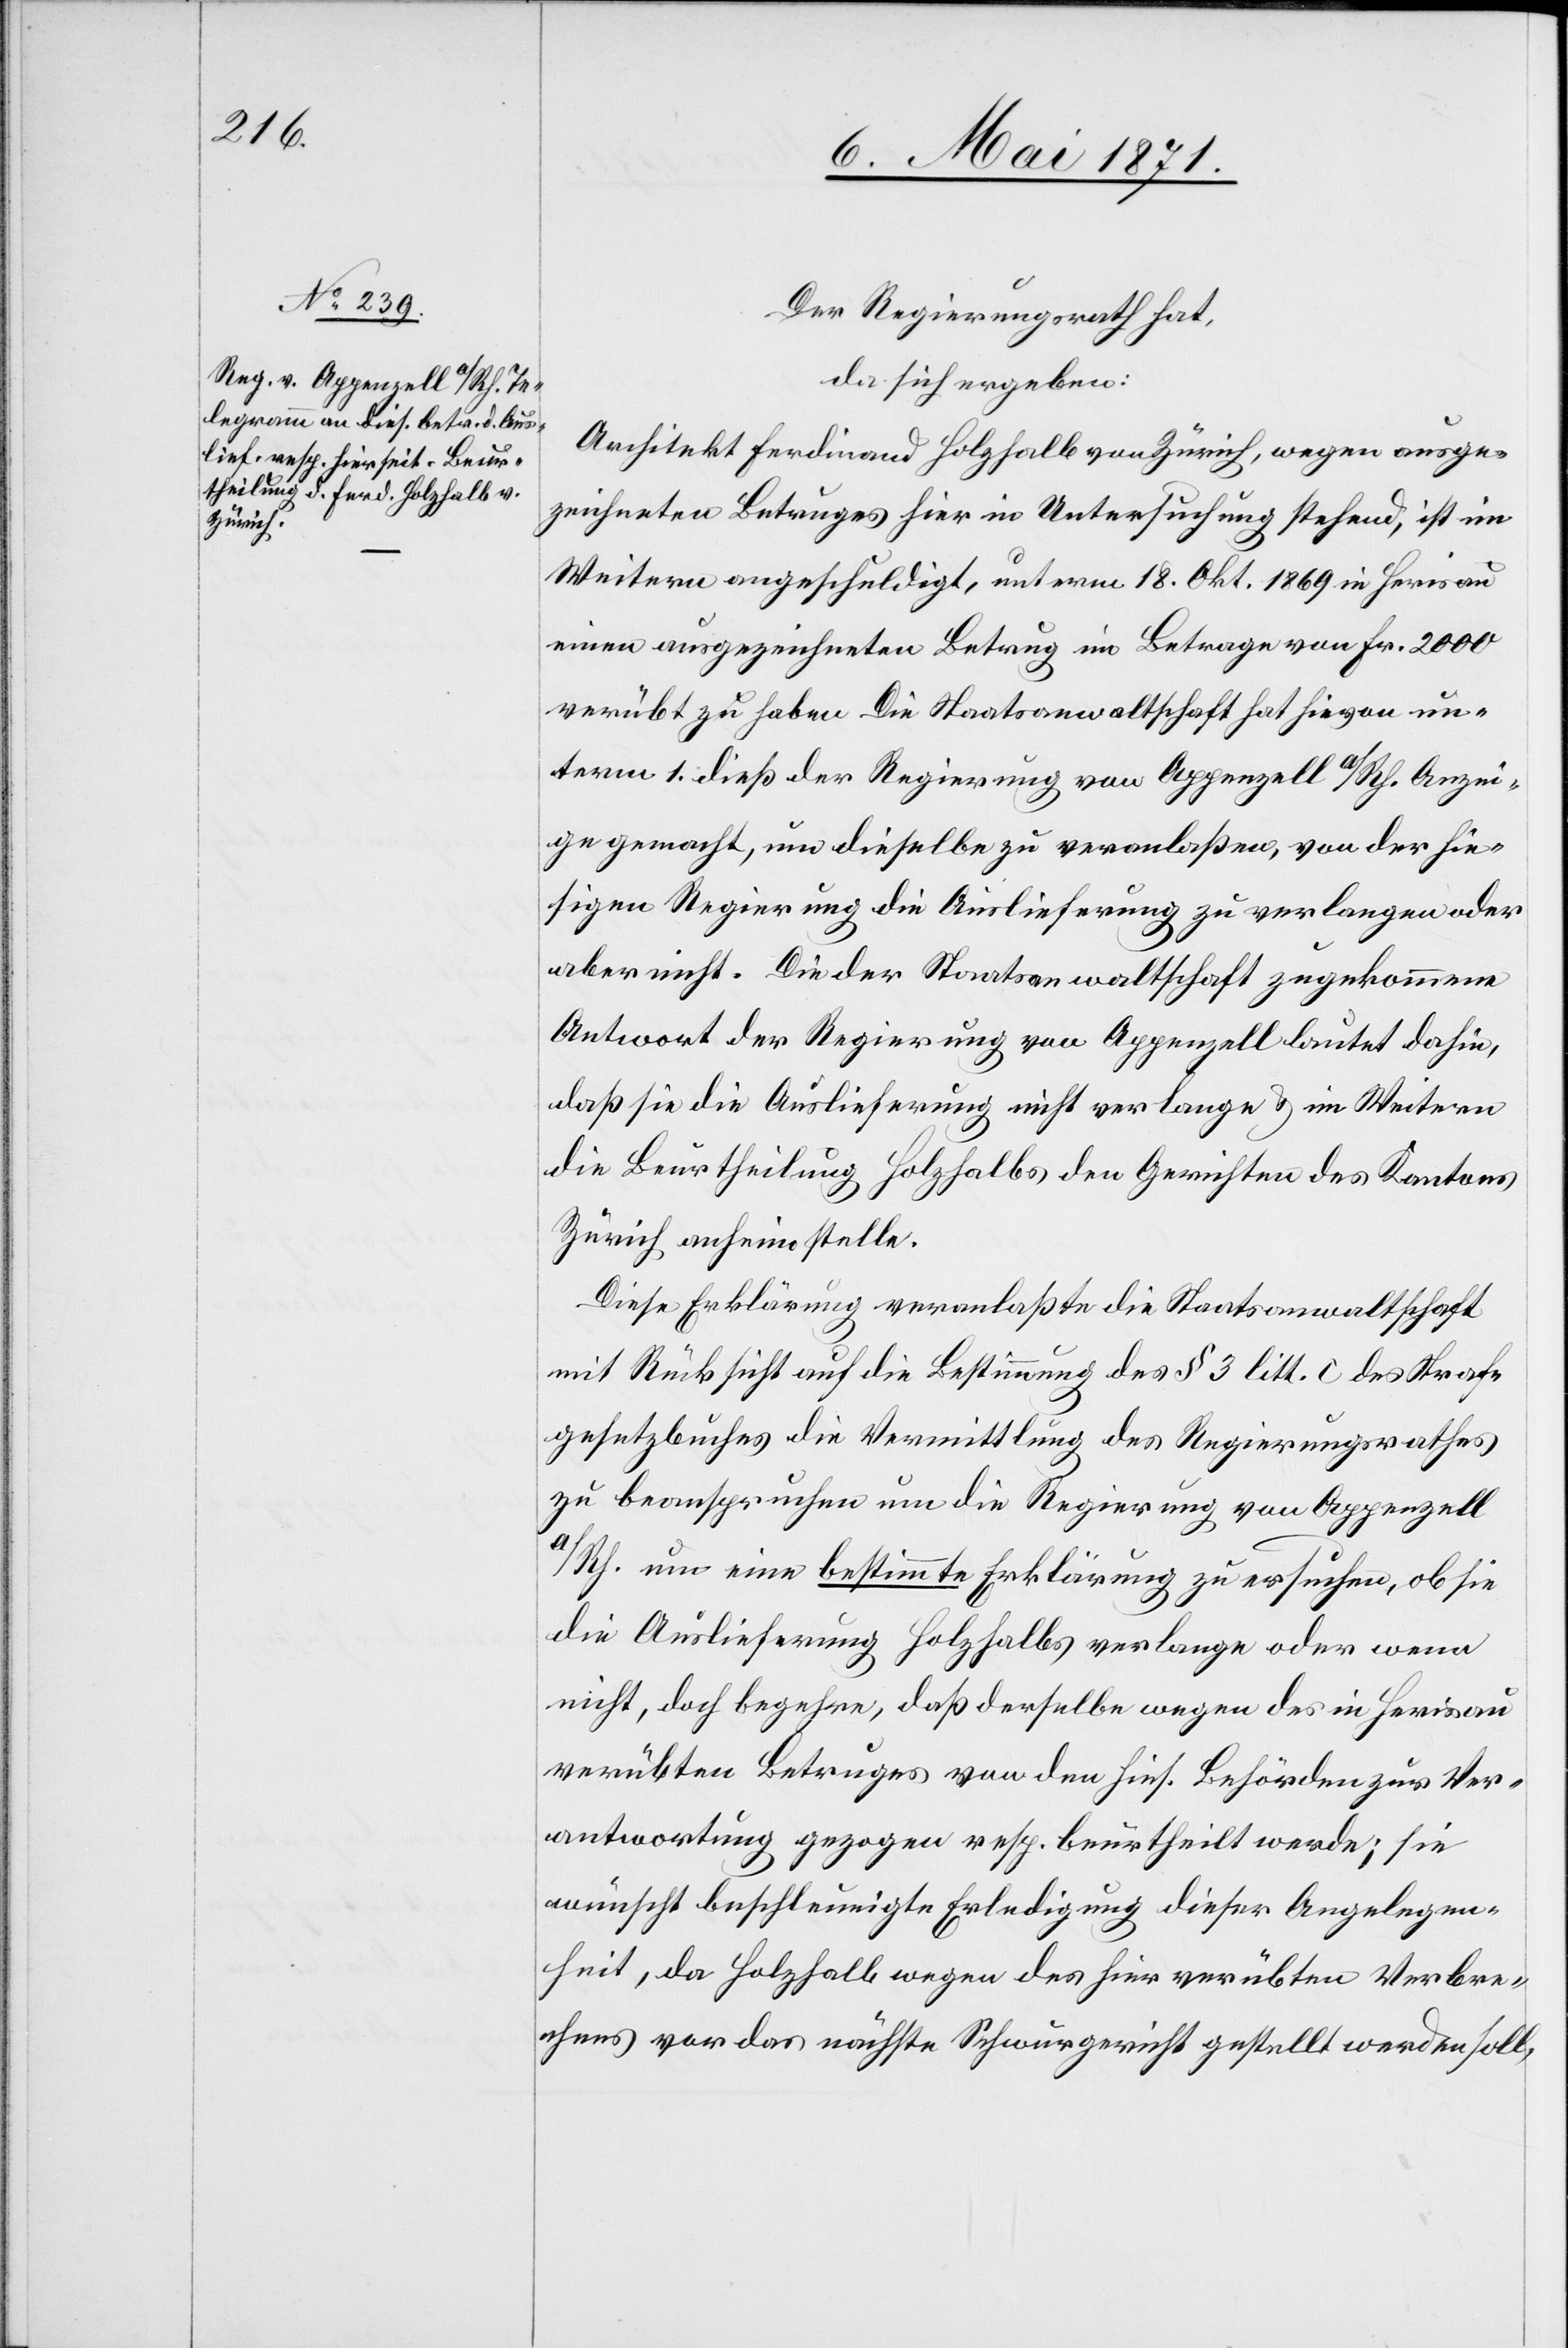
Der Regierungsrath hat
da sich ergeben:
Architekt Ferdinand Holzhalb von Zürich, wegen ausge¬
zeichneten Betruges hier in Untersuchung stehend, ist im
Weitern angeschuldigt, unterm 18. Okt. 1869 in Herisau
einen ausgezeichneten Betrug im Betrage von Fr. 2000
verübt zu haben. Die Staatsanwaltschaft hat hievon un¬
term 1. dieß der Regierung von Appenzell a/Rh. Anzei¬
ge gemacht, um dieselbe zu veranlaßen, von der hie¬
sigen Regierung die Auslieferung zu verlangen oder
aber nicht. Die der Staatsanwaltschaft zugekommene
Antwort der Regierung von Appenzell lautet dahin,
daß sie die Auslieferung nicht verlange u. im Weitern
die Beurtheilung Holzhalbs den Gerichten des Kantons
Zürich anhin stelle.
Diese Erklärung veranlaßte die Staatsanwaltschaft
mit Rücksicht auf die Bestimmung des § 3 litt. c des Straf¬
gesetzbuches die Vermittlung des Regierungsrathes
zu beanspruchen um die Regierung von Appenzell
a/Rh. um eine bestimmte Erklärung zu ersuchen, ob sie
die Auslieferung Holzhalbs verlange oder wenn
nicht, doch begehre, daß derselbe wegen des in Herisau
verübten Betruges von den hies. Behörden zur Ver¬
antwortung gezogen resp. beurtheilt werde; sie
wünscht beschleunigte Erledigung dieser Angelegen¬
heit, da Holzhalb wegen des hier verübten Verbre¬
chens vor das nächste Schwurgericht gestellt werden soll,